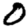
Digit: 0